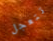
تتعجل